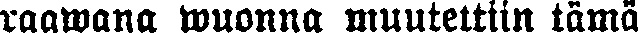
raawana wuonna muutettiin tämä